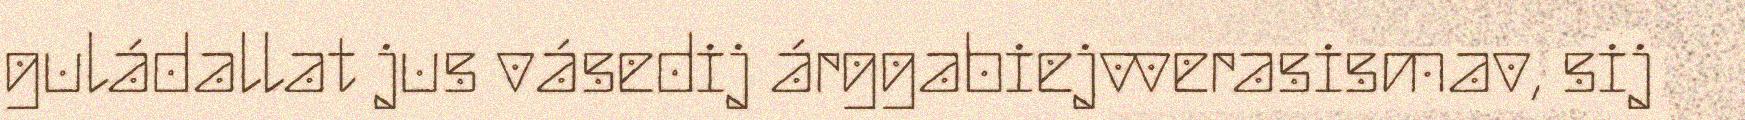
guládallat jus vásedij árggabiejvverasismav, sij